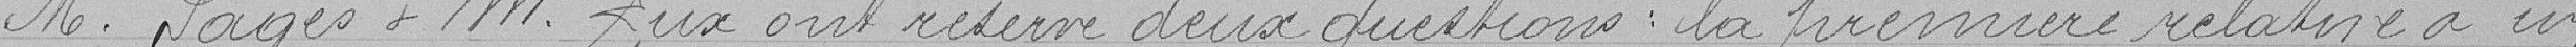
M. Pagès et M. Rux ont réservé deux questions : la première relative à un